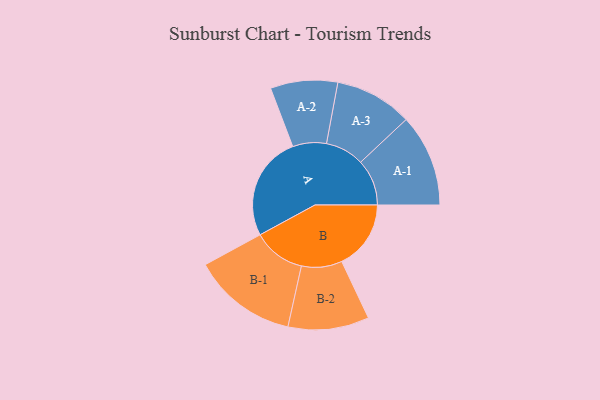
{"axis": {"x": "Segment", "y": "Value"}, "legend": ["", "A", "B"], "data": [{"x": "A", "y": 423, "type": ""}, {"x": "B", "y": 280, "type": ""}, {"x": "A-1", "y": 187, "type": "A"}, {"x": "A-2", "y": 136, "type": "A"}, {"x": "A-3", "y": 157, "type": "A"}, {"x": "B-1", "y": 212, "type": "B"}, {"x": "B-2", "y": 164, "type": "B"}]}